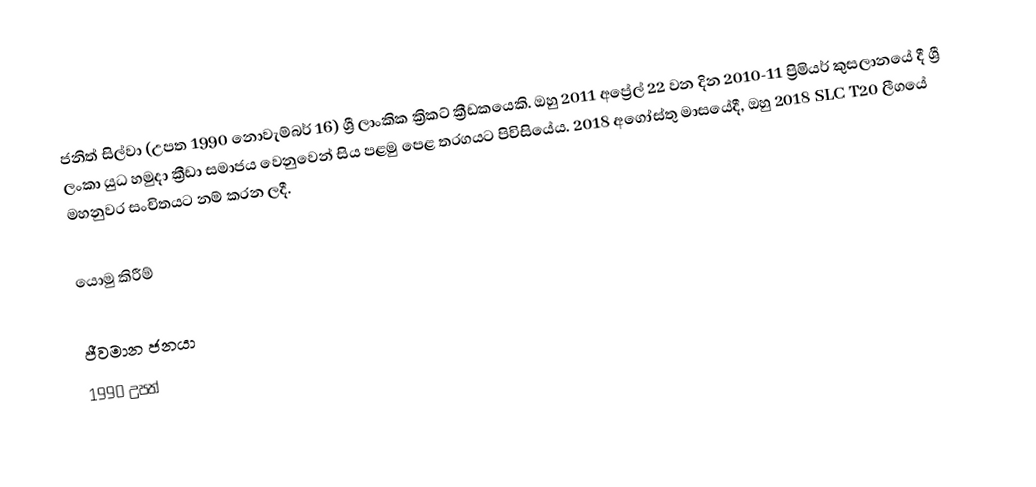
ජනිත් සිල්වා (උපත 1990 නොවැම්බර් 16) ශ්‍රී ලාංකික ක්‍රිකට් ක්‍රීඩකයෙකි. ඔහු 2011 අප්‍රේල් 22 වන දින 2010-11 ප්‍රිමියර් කුසලානයේ දී ශ්‍රී ලංකා යුධ හමුදා ක්‍රීඩා සමාජය වෙනුවෙන් සිය පළමු පෙළ තරගයට පිවිසියේය. 2018 අගෝස්තු මාසයේදී, ඔහු 2018 SLC T20 ලීගයේ මහනුවර සංචිතයට නම් කරන ලදී.

යොමු කිරීම්

ජීවමාන ජනයා
1990 උපත්